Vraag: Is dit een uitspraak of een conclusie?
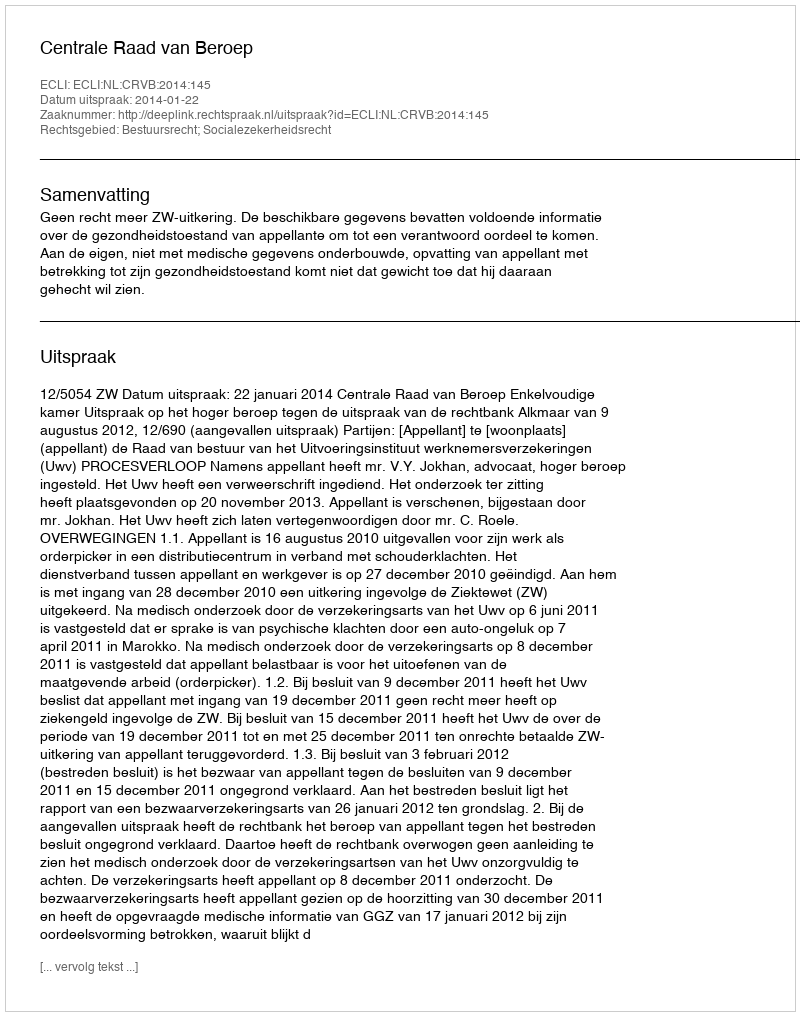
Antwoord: Uitspraak